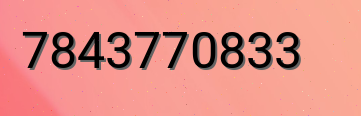
7843770833